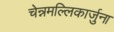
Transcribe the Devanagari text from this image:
चेन्नमल्लिकार्जुना